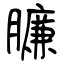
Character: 臁